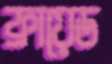
ফ্রায়েড